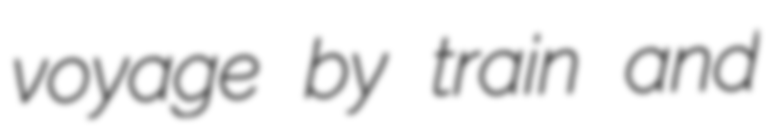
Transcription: voyage by train and